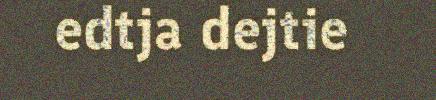
edtja dejtie